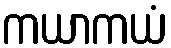
ကယာကယံ